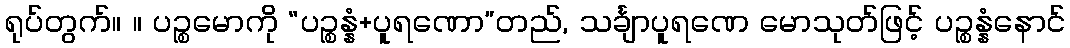
ရုပ်တွက်။ ။ ပဉ္စမောကို “ပဉ္စန္နံ+ပူရဏော”တည်, သင်္ချာပူရဏေ မောသုတ်ဖြင့် ပဉ္စန္နံနောင်